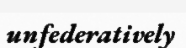
unfederatively